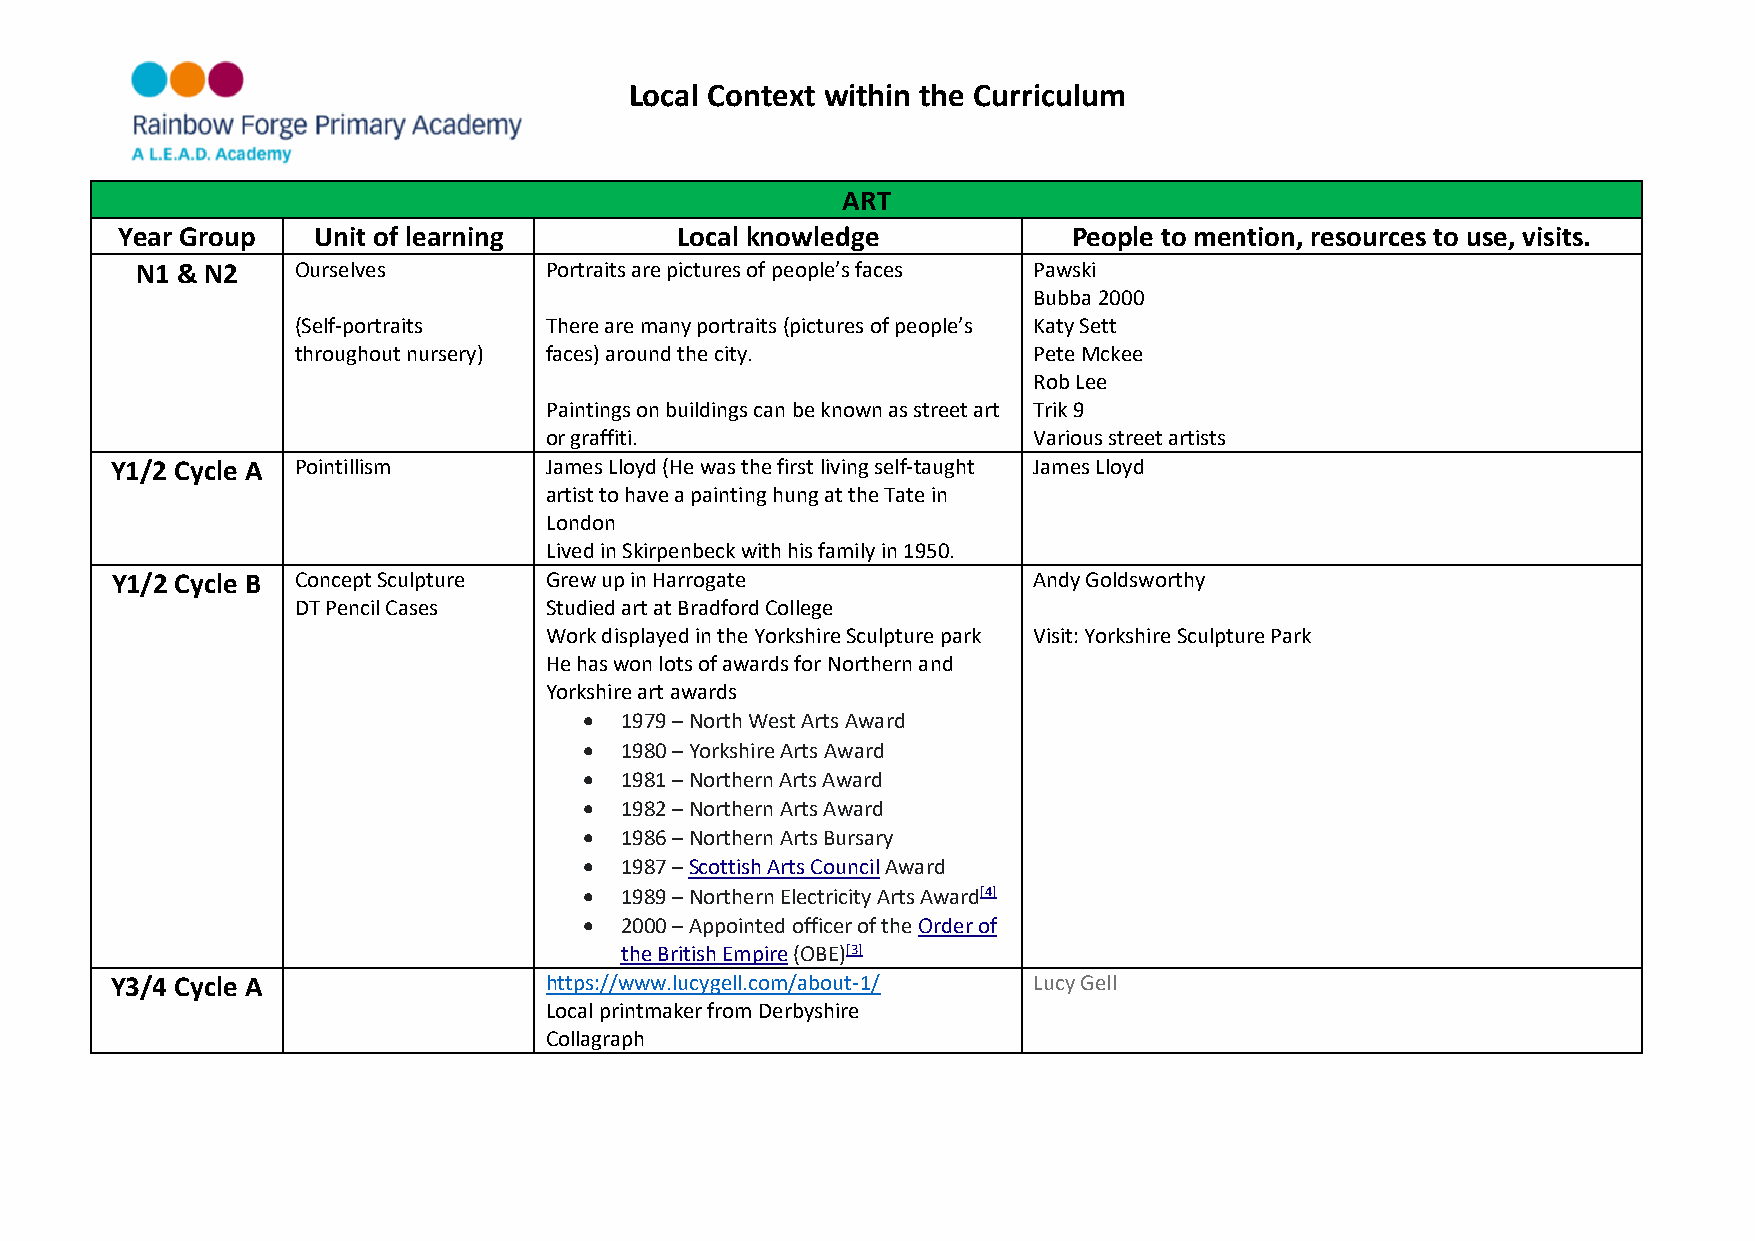
Local Context within the Curriculum
 ART
 Year Group   Unit of learning        Local knowledge           People to mention, resources to use, visits.
 N1 & N2   Ourselves        Portraits are pictures of people’s faces Pawski
 Bubba 2000
 (Self-portraits  There are many portraits (pictures of people’s Katy Sett
 throughout nursery) faces) around the city.      Pete Mckee
 Rob Lee
 Paintings on buildings can be known as street art Trik 9
 or graffiti.                    Various street artists
 Y1/2 Cycle A Pointillism     James Lloyd (He was the first living self-taught James Lloyd
 artist to have a painting hung at the Tate in
 London
 Lived in Skirpenbeck with his family in 1950.
 Y1/2 Cycle B Concept Sculpture Grew up in Harrogate          Andy Goldsworthy
 DT Pencil Cases  Studied art at Bradford College
 Work displayed in the Yorkshire Sculpture park Visit: Yorkshire Sculpture Park
 He has won lots of awards for Northern and
 Yorkshire art awards
 • 1979 – North West Arts Award
 • 1980 – Yorkshire Arts Award
 • 1981 – Northern Arts Award
 • 1982 – Northern Arts Award
 • 1986 – Northern Arts Bursary
 • 1987 – Scottish Arts Council Award
 • 1989 – Northern Electricity Arts Award[4]
 • 2000 – Appointed officer of the Order of
 the British Empire (OBE)[3]
 Y3/4 Cycle A                 https://www.lucygell.com/about-1/ Lucy Gell
 Local printmaker from Derbyshire
 Collagraph